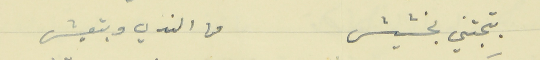
بتجتني بخشيش                                  من الندي وبتعيش